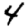
Digit: 4